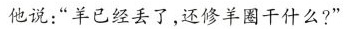
他说：”羊已经丢了，还修羊圈干什么?”